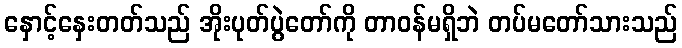
နှောင့်နှေးတတ်သည် အိုးပုတ်ပွဲတော်ကို တာဝန်မရှိဘဲ တပ်မတော်သားသည်